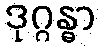
ဒုဂ္ဂန္ဓာ